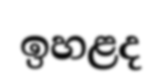
ඉහළද